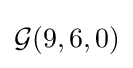
{\mathcal {G}}(9,6,0)